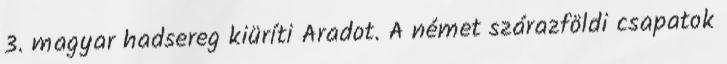
3. magyar hadsereg kiüríti Aradot. A német szárazföldi csapatok